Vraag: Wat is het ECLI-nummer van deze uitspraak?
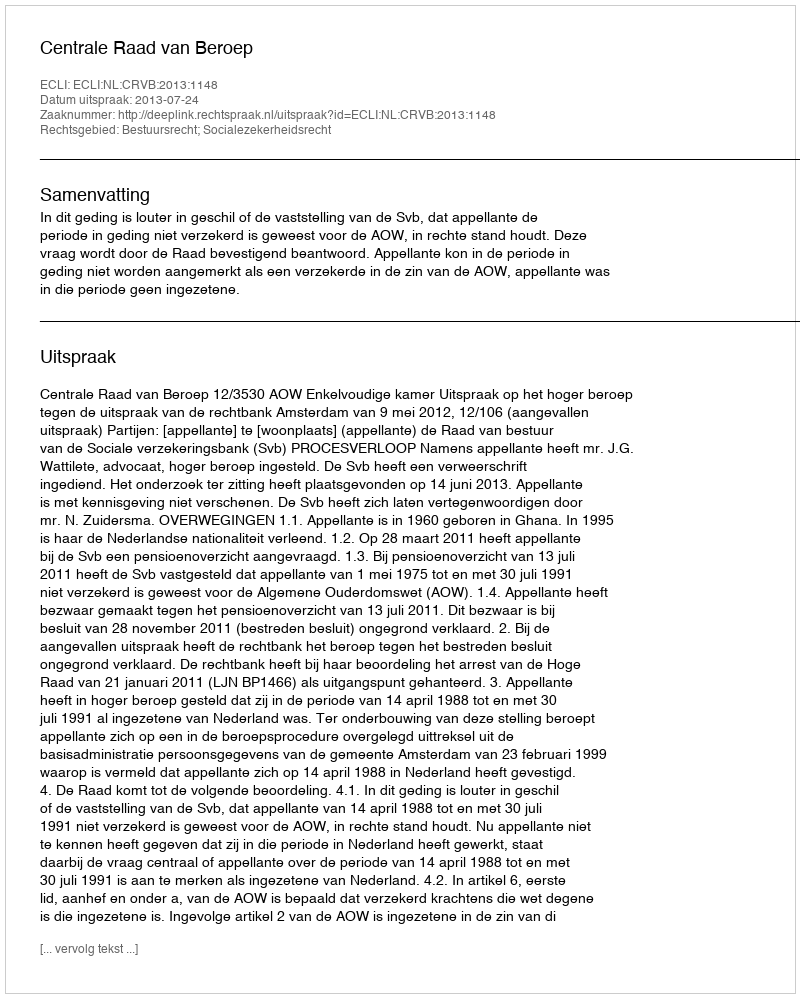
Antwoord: ECLI:NL:CRVB:2013:1148